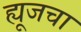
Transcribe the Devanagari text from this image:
ह्यूजचा